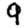
Digit: 9